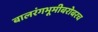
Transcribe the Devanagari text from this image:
बालरंगभूमीबरोबरच